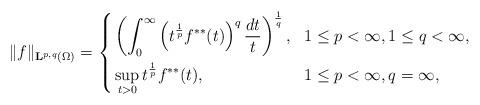
LaTeX: \begin{align*}\|f \|_{\mathbf{L}^{p,q}(\Omega)}=\left\{\begin{aligned}&\left(\int_0^\infty \left(t^{\frac{1}{p}} f^{**}(t) \right)^q \frac{dt}{t} \right)^{\frac{1}{q}},&1&\leq p <\infty, 1\leq q < \infty, \\&\sup_{t>0} t^{\frac{1}{p}} f^{**}(t), &1&\leq p <\infty, q = \infty,\end{aligned}\right.\end{align*}